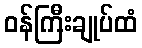
ဝန်ကြီးချုပ်ထံ